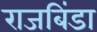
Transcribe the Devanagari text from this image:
राजबिंडा